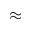
\approx